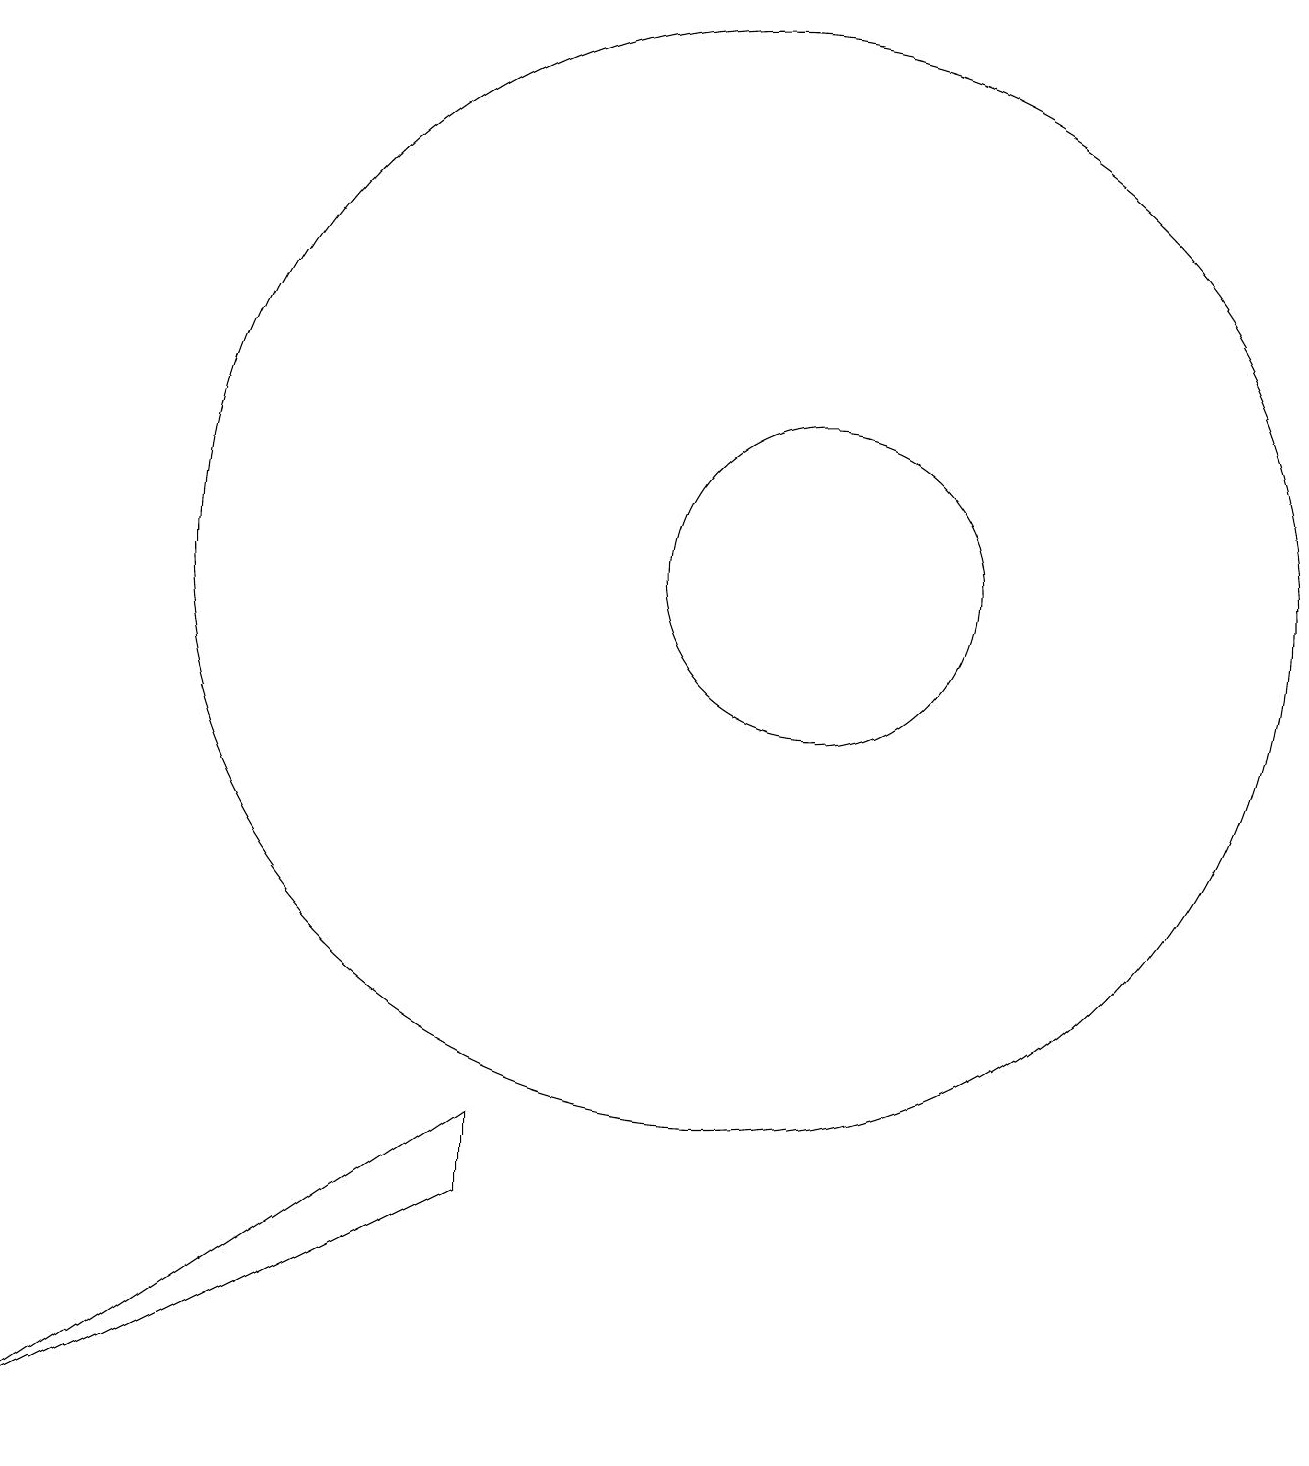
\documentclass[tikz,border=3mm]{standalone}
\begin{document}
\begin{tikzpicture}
\draw (11,12) circle (2);
\draw (10,12) circle (7);
\draw (1,1) -- (7,5) -- (7,4) -- cycle;
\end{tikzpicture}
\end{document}